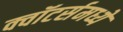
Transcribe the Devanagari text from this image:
क्वॉटर्समध्ये